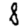
Digit: 1